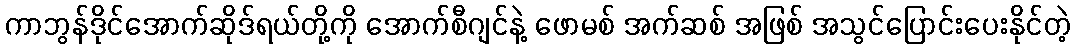
ကာဘွန်ဒိုင်အောက်ဆိုဒ်ရယ်တို့ကို အောက်စီဂျင်နဲ့ ဖောမစ် အက်ဆစ် အဖြစ် အသွင်ပြောင်းပေးနိုင်တဲ့